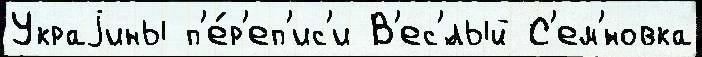
Украjины п'е́р'еп'ис'и В'ес'́лый С'ем'́новка